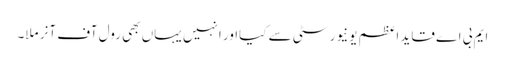
ایم بی اے قاید اعظم یونیورسٹی سے کیااور انہیں یہاں بھی رول آف آنر ملا۔